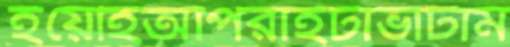
ইয়েহিঅপিরাইটাভাটাম